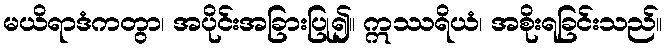
မယိရာဒံကတွာ၊ အပိုင်းအခြားပြု၍။ ဣဿရိယံ၊ အစိုးရခြင်းသည်။